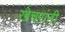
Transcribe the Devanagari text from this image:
खेचरांनी